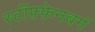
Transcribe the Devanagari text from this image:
स्टॉफ़्फ़ेनबर्ग